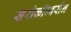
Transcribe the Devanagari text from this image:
सरोकॉन्वर्सन